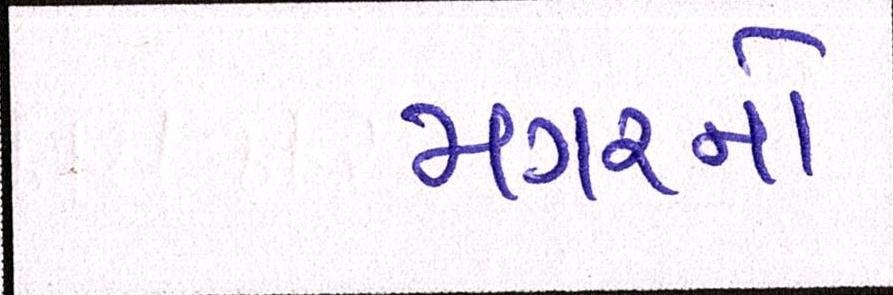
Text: મગરનો